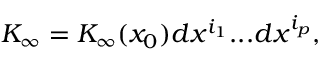
K _ { \infty } = K _ { \infty } ( x _ { 0 } ) d x ^ { i _ { 1 } } . . . d x ^ { i _ { p } } ,